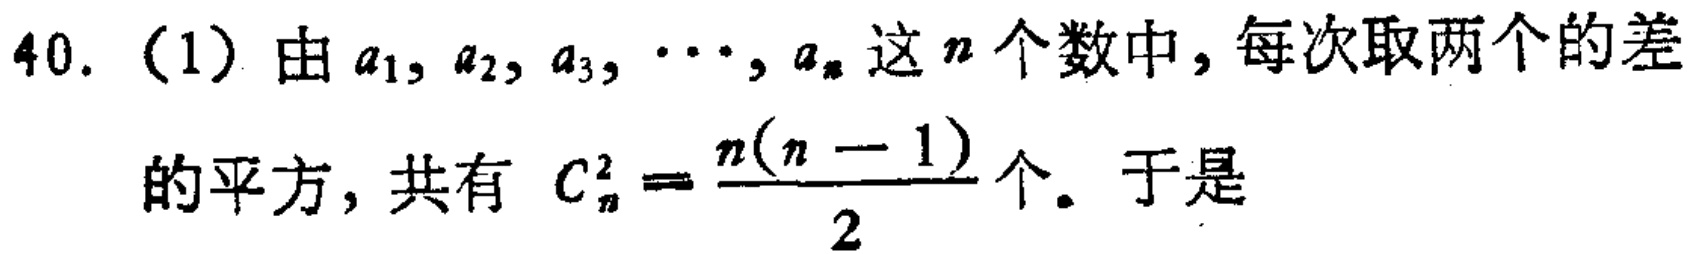
40. （1）由\(a_{1},a_{2},a_{3},\cdots,a_{n}\)这\(n\)个数中，每次取两个的差的平方，共有 \(C_{n}^{2}=\frac{n(n - 1)}{2}\)个。于是